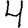
Digit: 4